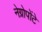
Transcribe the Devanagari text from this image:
नेग्रोपोंटे